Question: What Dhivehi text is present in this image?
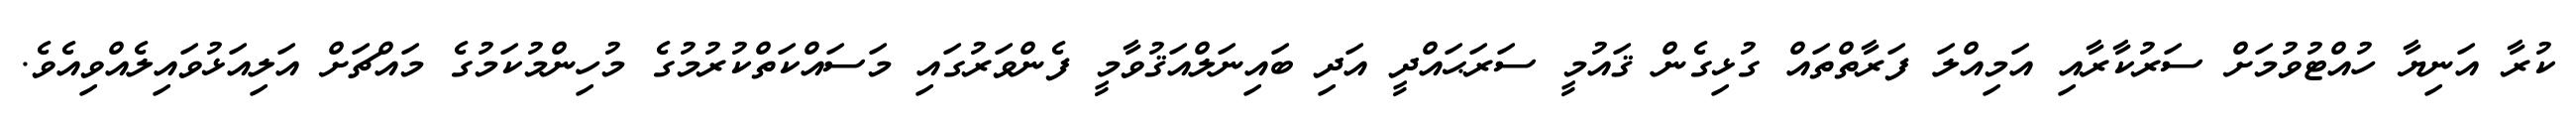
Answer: ކުރާ އަނިޔާ ހުއްޓުވުމަށް ސަރުކާރާއި އަމިއްލަ ފަރާތްތައް ގުޅިގެން ޤައުމީ ސަރަޙައްދީ އަދި ބައިނަލްއަޤުވާމީ ފެންވަރުގައި މަސައްކަތްކުރުމުގެ މުހިންމުކަމުގެ މައްޗަށް އަލިއަޅުވައިލެއްވިއެވެ.